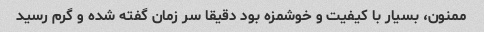
ممنون، بسیار با کیفیت و خوشمزه بود دقیقا سر زمان گفته شده و گرم رسید